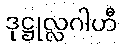
ဒုဋ္ဌုလ္လဂါဟီ